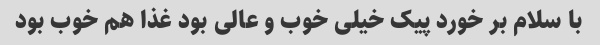
با سلام بر خورد پیک خیلی خوب و عالی بود غذا هم خوب بود